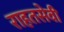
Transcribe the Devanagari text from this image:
राहतसेवी